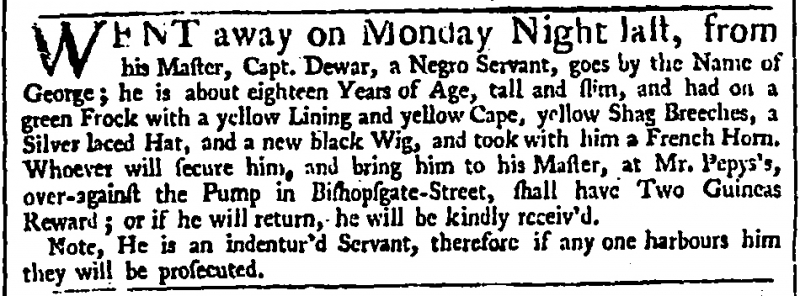
Daily Advertiser, 13 November 1742 (England)
WENT away on Monday Night last, from his Master, Capt. Dewar, a Negro Servant, goes by the Name of George; he is about eighteen Years of Age, tall and slim, and had on a green Frock with a yellow Lining and yellow Cape, yellow Shag Breeches, a Silver laced Hat, and a new black Wig, and took with him a French Horn. Whoever will secure him, and bring him to his Master, at Mr. Pepys’s, over-against the Pump in Bishopgate-Street, shall have Two Guineas Reward; or if he will return, he will be kindly receiv’d.  Note, He is an indentur’d Servant, therefore if any one harbours him they will be prosecuted.